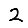
Digit: 2